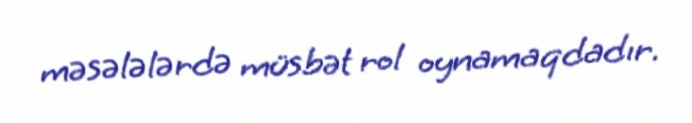
məsələlərdə müsbət rol oynamaqdadır.